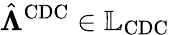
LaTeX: \hat{\boldsymbol{\Lambda}}^{\mathrm{CDC}}\in\mathbb{L}_{\mathrm{CDC}}